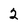
Character: 2